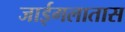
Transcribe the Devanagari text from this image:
जाईगलातास